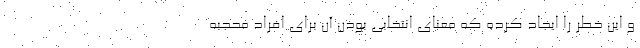
و این خطر را ایجاد کرده که معنای انتخابی بودن آن برای افراد محجبه